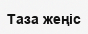
Таза жеңіс